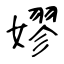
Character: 嫪